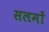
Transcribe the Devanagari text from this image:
सलमों